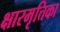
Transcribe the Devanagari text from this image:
क्षारमृत्तिका